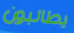
يطالبون